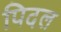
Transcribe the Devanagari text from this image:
पिदल